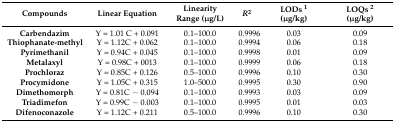
<table><thead><tr><td><b>Compounds</b></td><td><b>Linear Equation</b></td><td><b>Linearity Range (μg/L)</b></td><td><b><i>R</i><sup>2</sup></b></td><td><b>LODs <sup>1</sup> (μg/kg)</b></td><td><b>LOQs <sup>2</sup> (μg/kg)</b></td></tr></thead><tbody><tr><td><b>Carbendazim</b></td><td>Y = 1.01 C + 0.091</td><td>0.1–100.0</td><td>0.9996</td><td>0.03</td><td>0.09</td></tr><tr><td><b>Thiophanate-methyl</b></td><td>Y = 1.12C + 0.062</td><td>0.1–100.0</td><td>0.9994</td><td>0.06</td><td>0.18</td></tr><tr><td><b>Pyrimethanil</b></td><td>Y = 0.94C + 0.045</td><td>0.1–100.0</td><td>0.9998</td><td>0.01</td><td>0.09</td></tr><tr><td><b>Metalaxyl</b></td><td>Y = 0.98C + 0013</td><td>0.1–100.0</td><td>0.9999</td><td>0.06</td><td>0.18</td></tr><tr><td><b>Prochloraz</b></td><td>Y = 0.85C + 0.126</td><td>0.5–100.0</td><td>0.9996</td><td>0.10</td><td>0.30</td></tr><tr><td><b>Procymidone</b></td><td>Y = 1.05C + 0.315</td><td>1.0–500.0</td><td>0.9995</td><td>0.30</td><td>0.90</td></tr><tr><td><b>Dimethomorph</b></td><td>Y = 0.81C − 0.094</td><td>0.1–100.0</td><td>0.9993</td><td>0.03</td><td>0.09</td></tr><tr><td><b>Triadimefon</b></td><td>Y = 0.99C − 0.003</td><td>0.1–100.0</td><td>0.9995</td><td>0.01</td><td>0.03</td></tr><tr><td><b>Difenoconazole</b></td><td>Y = 1.12C + 0.211</td><td>0.5–100.0</td><td>0.9996</td><td>0.10</td><td>0.30</td></tr></tbody></table>